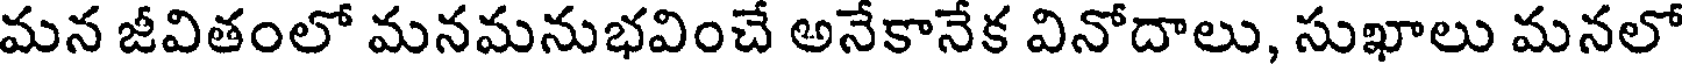
మన జీవితంలో మనమనుభవించే అనేకానేక వినోదాలు, సుఖాలు మనలో